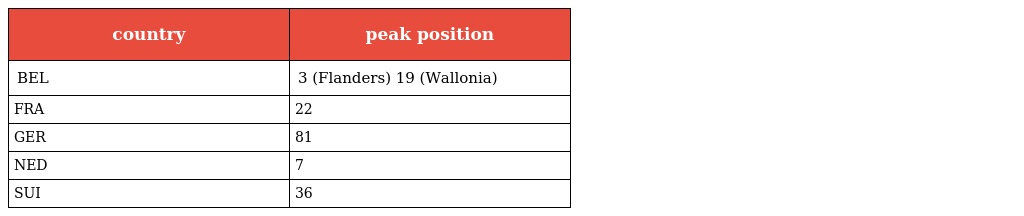
| country | peak position |
 | --- | --- |
 | BEL | 3 (Flanders) 19 (Wallonia) |
 | FRA | 22 |
 | GER | 81 |
 | NED | 7 |
 | SUI | 36 |